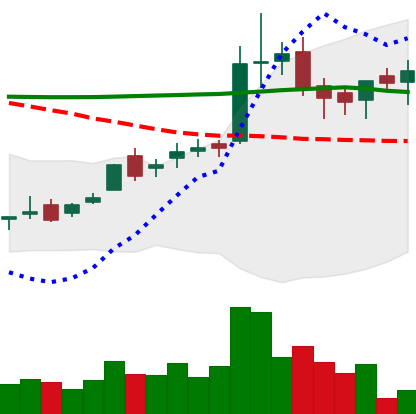
Ticker: LTC-USD
Chart end date: 2016-02-28
Forward return: -5.568%
Label: down_5_7